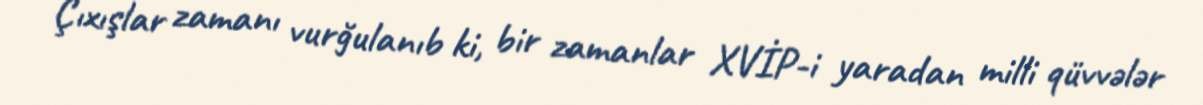
Çıxışlar zamanı vurğulanıb ki, bir zamanlar XVİP-i yaradan milli qüvvələr